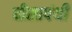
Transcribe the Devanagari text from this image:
घीसापंथी